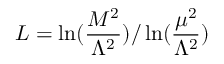
L = \ln ( \frac { M ^ { 2 } } { \Lambda ^ { 2 } } ) / \ln ( \frac { \mu ^ { 2 } } { \Lambda ^ { 2 } } ) \nonumber